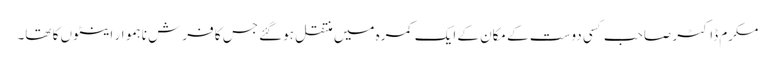
مکرم ڈاکٹر صاحب کسی دوست کے مکان کے ایک کمرہ میں منتقل ہوگئے جس کا فرش ناہموار اینٹوں کا تھا۔